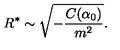
R ^ { \ast } \sim \sqrt { - \frac { C ( \alpha _ { 0 } ) } { m ^ { 2 } } } .